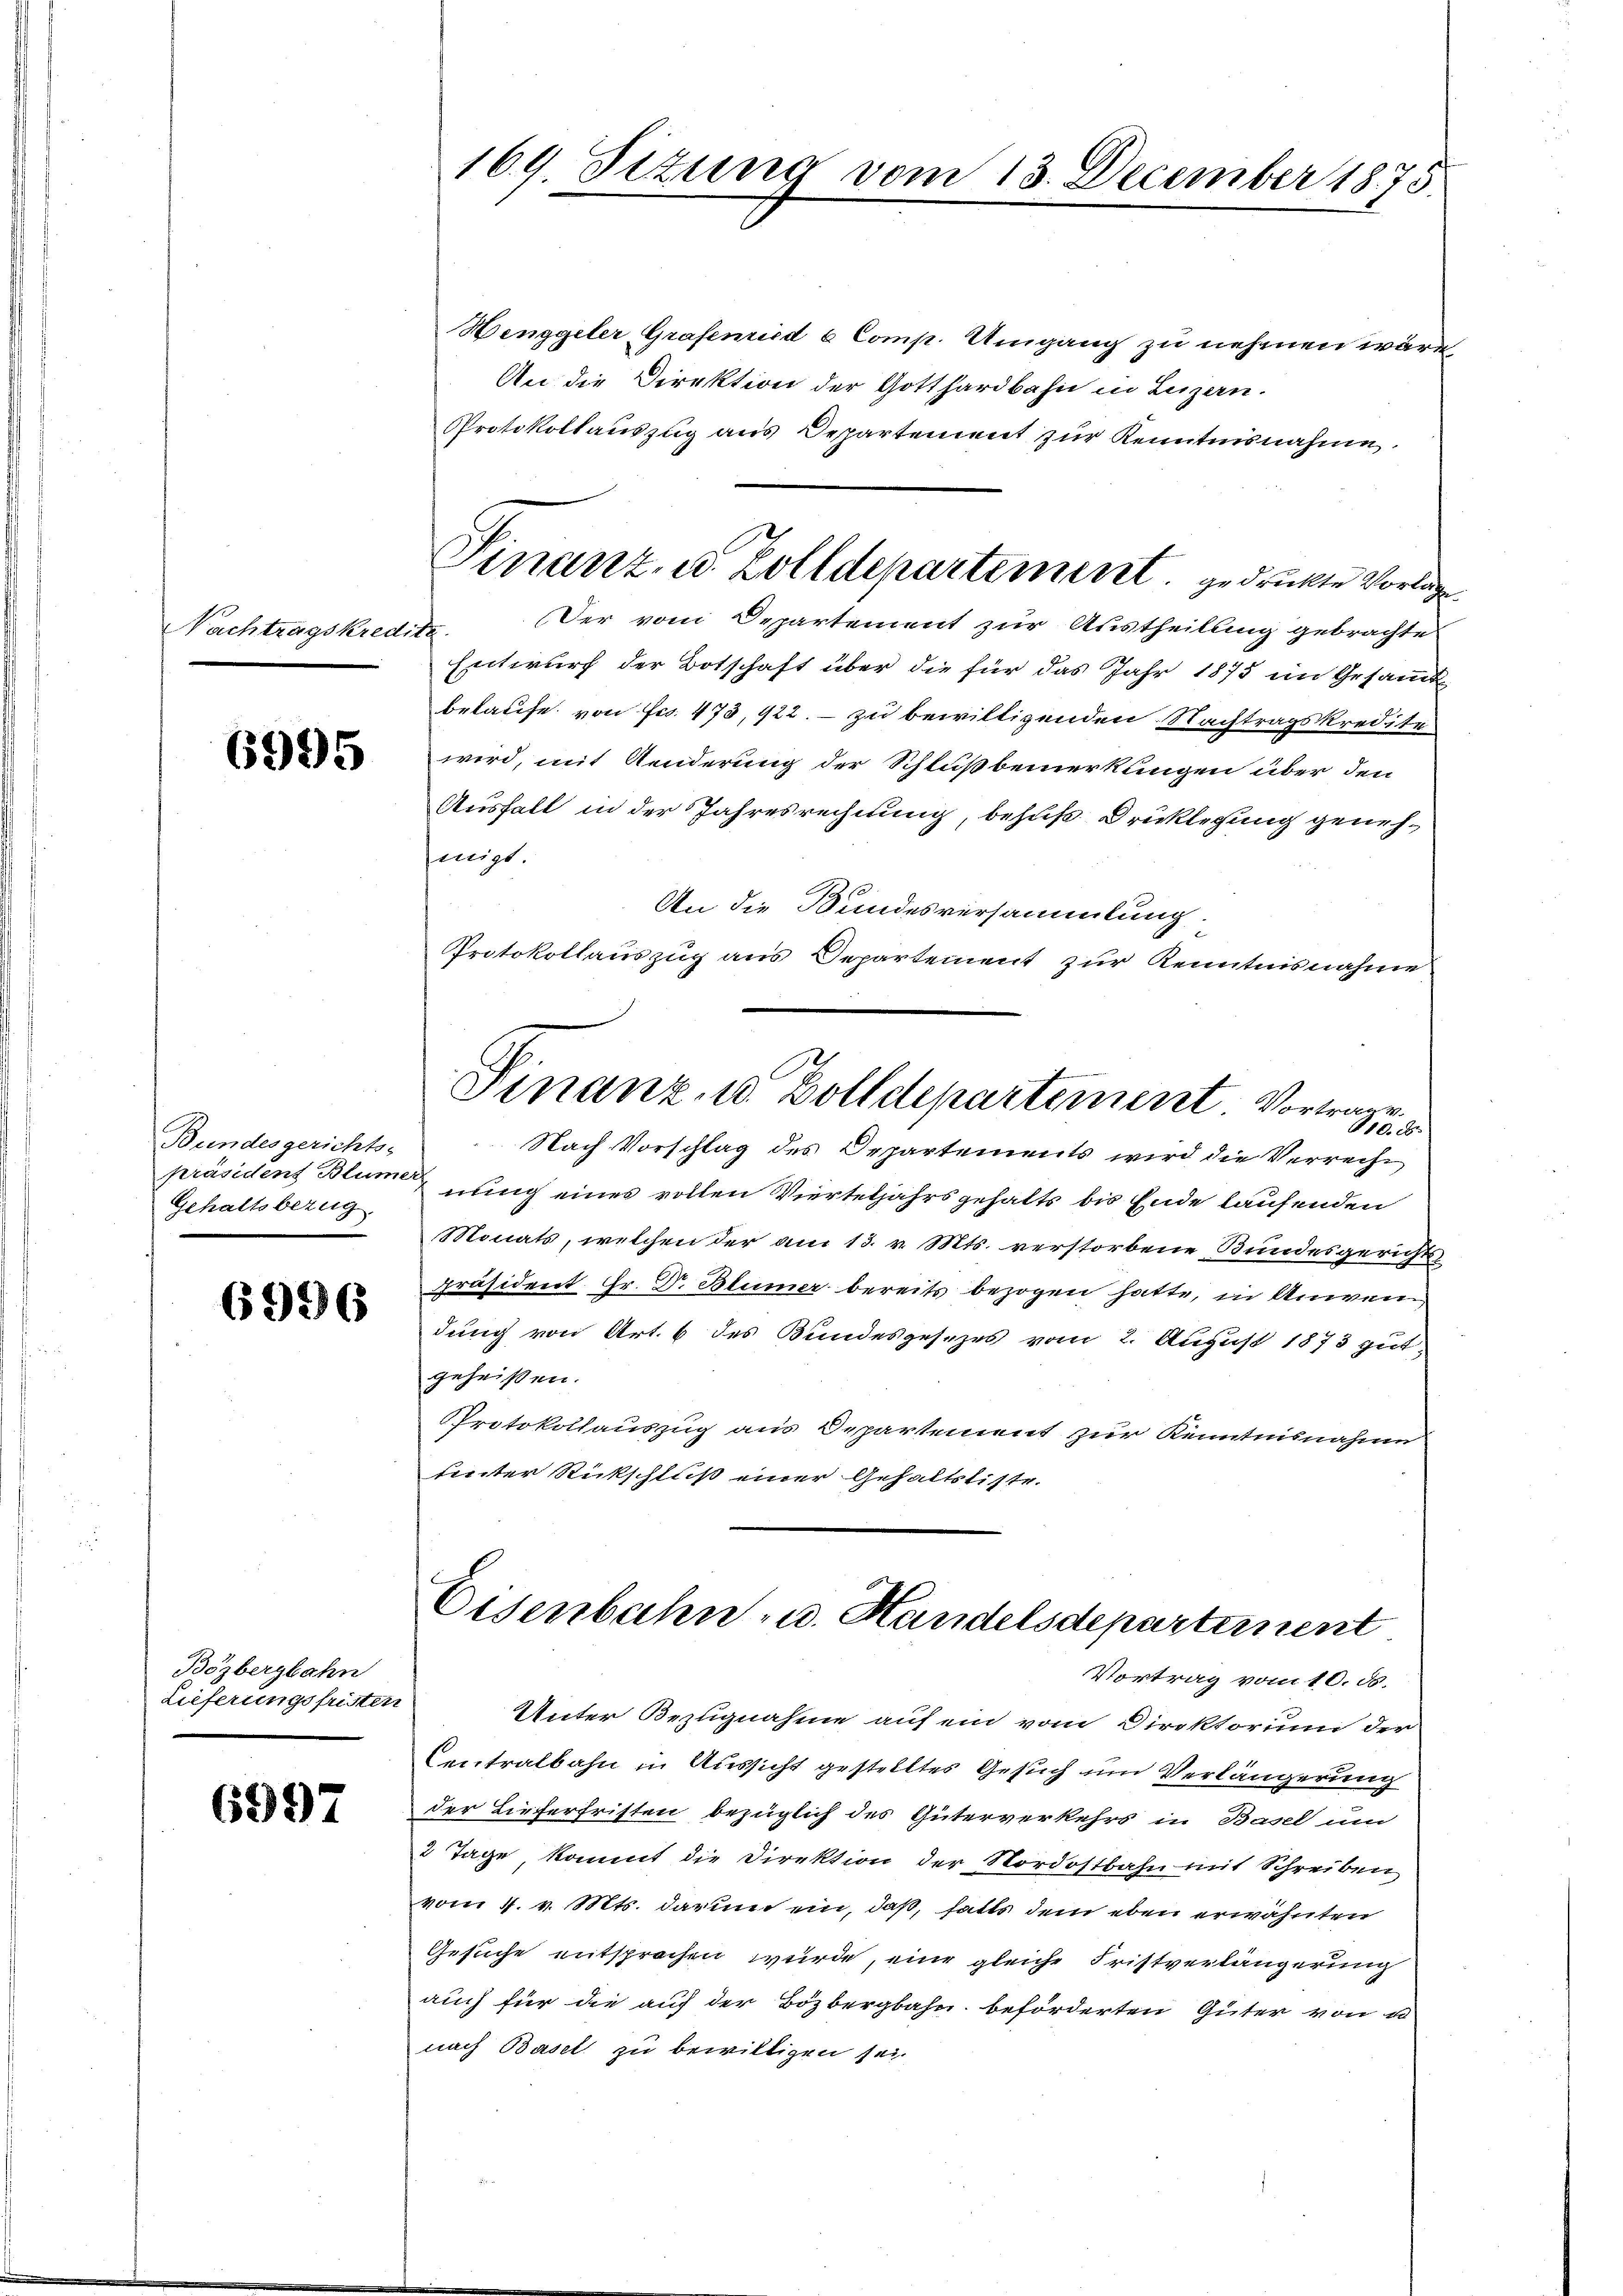
Nachtragskredit.

6995

Bundesgerichts-
präsident Blümer
Gehaltsbezug

6996

Bözbergbahn
Lieferungsfrister

6997

169 Sizung vom 13. December 1875

Finanz, u. Zolldepartement gedruckte Vorlag

Henggeler Grafenried 6 Comp. Umgang zu nehmen wäre,
An die Direktion der Gotthardbahn in Luzern.
Protokollauszug aus Departement zur Kenntnisnahme,
Der vom Departement zur Austheilung gebrachte
f.
Entwurf der Botschaft über die für das Jahr 1875 im Gesammt
belaufe von Fr. 473, 122. – zu bewilligenden Nachtragskredite
wird, mit Aenderung der Schlußbemerkungen über den
Ausfall in der Jahresrechnung, behuf Druklegung genehnigt
An die Bundesversammlung.
Protokollauszug aus Departement zur Kenntnisnahme

Finanz, u. Zolldepartement Vortrage
610. d.

Nach Vorschlag des Departements wird die Verrecht
nung eines vollen Vierteljahrsgehalts bis Ende laufenden
Monats, welchen der am 13. v. Mts. verstorbene Bundesgerichts
Präsident. Fr. Dr. Blümer bereits bezogen hatte, in Anwen
dung von Art. 6 des Bundesgesezes vom 2. August 1873 gut
geheißen.
Protokollauszug am Departement zur Kenntnisnahme
unter Rückschluß einer Gehaltsliste.

Eisenbahn- u. Handelsdepartement
Vortrag vom 10. ds.
2

Unter Bezugnahme auf ein vom Direktorium der
Centralbahn in Aussicht gestelltes Gesuch und Verlängerung
der Lieferfristen bezüglich des Güterverkehrs in Basel und
 Tage, kommt die Direktion der Nordostbahn mit Schreiben
vom 1. v. Mts. darum ein, daß, falls dem eben erwähnten
Gesuche entsprochen würde, eine gleiche Fristverlängerung
auch für die auf der Bözbergbahn beförderten Güter von u
nach Basel zu bewilligen sei.